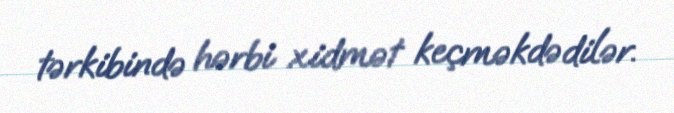
tərkibində hərbi xidmət keçməkdədilər.